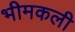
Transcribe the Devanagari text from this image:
भीमकली